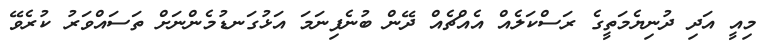
މިއީ އަދި ދުނިޔެމަތީގެ ރަސްކަލެއް އެއްޗެއް ދޭން ބުނެފިނަމަ އަޅުގަނޑުމެންނަށް ތަސައްވަރު ކުރެވޭ